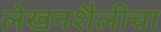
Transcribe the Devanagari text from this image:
लेखनशैलीचा